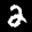
Label: 2